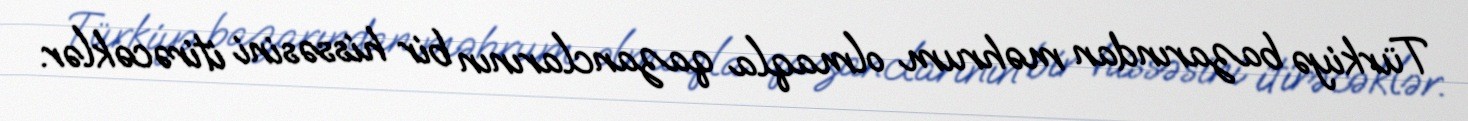
Türkiyə bazarından məhrum olmaqla qazanclarının bir hissəsini itirəcəklər.